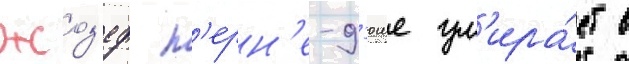
Жоз'еф п'ерн'е-д'юше ум'ира́ет в